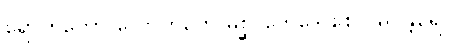
ရောဟိတော လောဟိတေ မစ္ဆ၊ ဘေဒေ စေဝ မိဂန္တရေ။